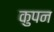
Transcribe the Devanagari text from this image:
कुपन